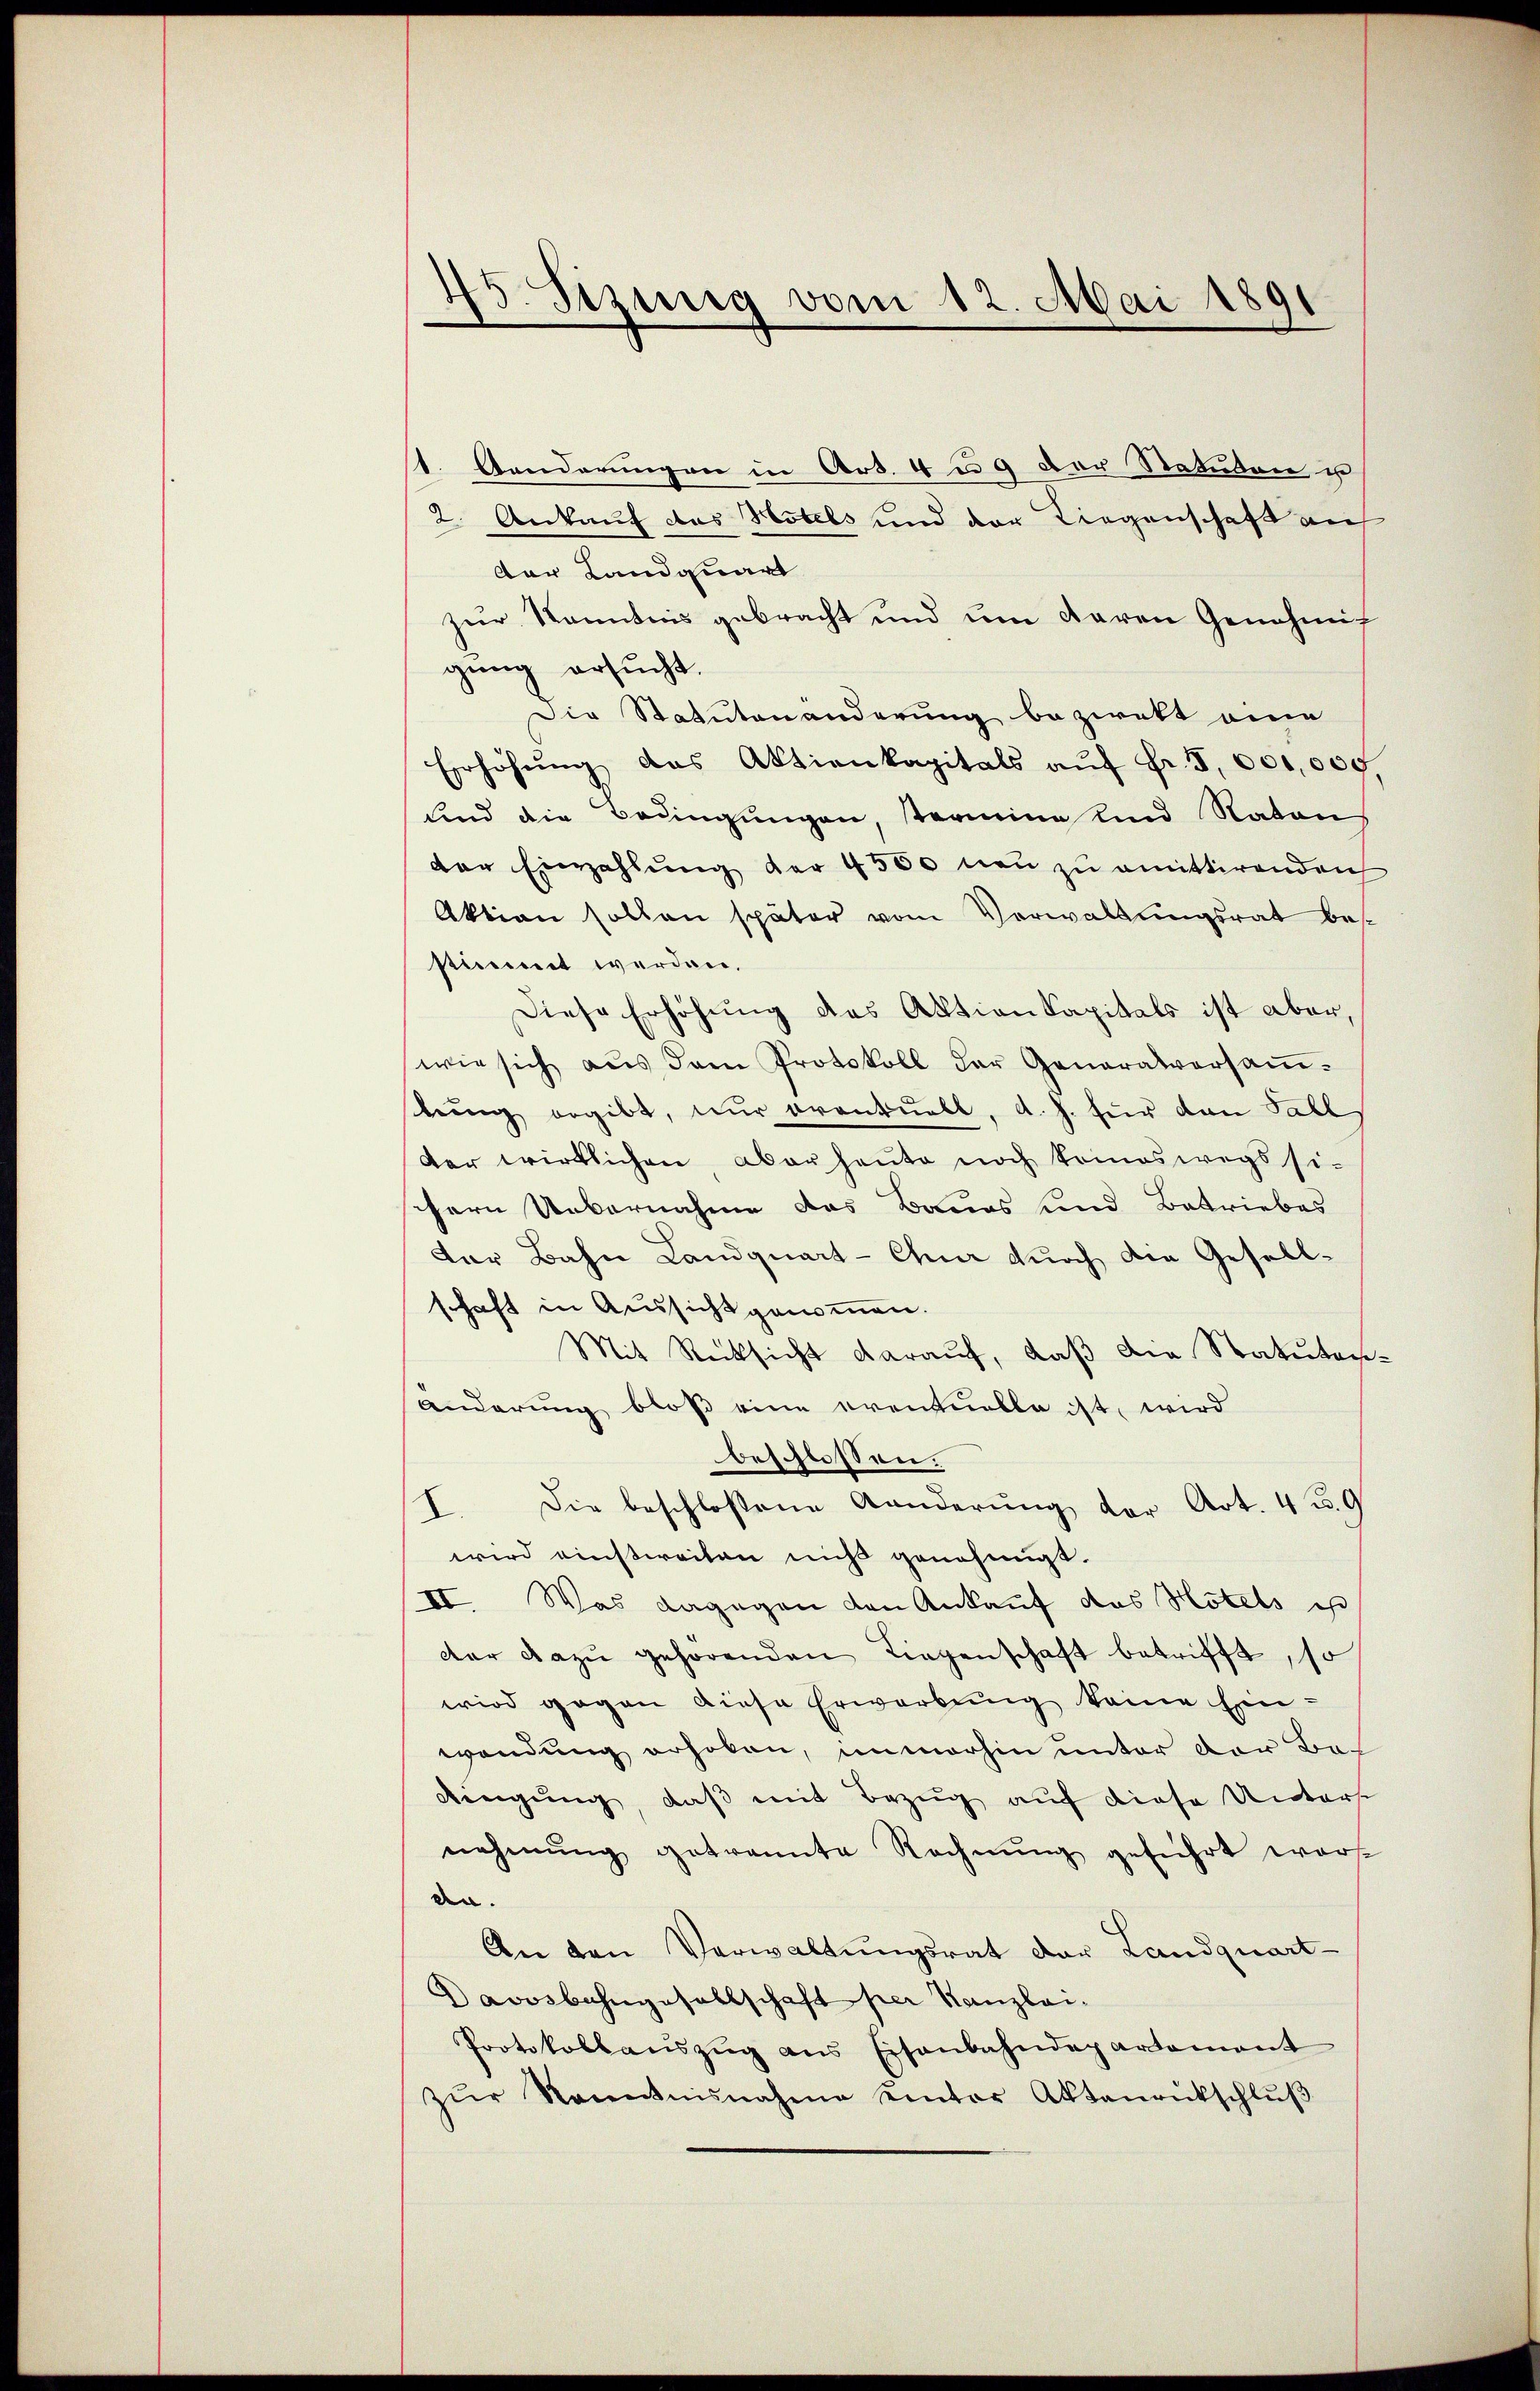
5. Seinig vom 12. Mai 1891

st. Anderungen in Art. 4 u. 9 der Statuten u
2. Ankauf das Hotels und der Liegenschaft auf
der Landquart
zur Kenntnis gebracht und um daren Genehmig
gung ersucht.
Die Statutenänderung beziekt eine
Erhöhung das Aktienkapitals aŭf Fr. 5 000,000
sind die Bedingungen, termine und Natons
der Einzahlung der 4500 neu zu amittirenden
Aktion sollen später vom Verwaltungsrat besstimmet werden.
Diese Erhöhung des Aktion Kapitals ist aber,
wie sich aŭs dem Protokoll der Generalversaṁ-
bŭng ergibt, nŭr brentuell, d. h. für dan Fall,
der wirklichen aber heute noch kommeswegs si-
chern Uebernahme das Baues und Betriebes
der Bahn Landquart-Chur durch die Gesellschaft in Aussichtgenommen.
Mit Rücksicht darauf, daß die Statuten¬
Änderung bloß eine eventuelle ist, wird
beschlossen.
I. Die beschlossene Kanderung der Art. 4 u. 9
wird einstreiten nicht genehmigt.
II. Was dagegen den Ankauf das Hotels ist
dar dazu gehörenden Liegenschaft betrifft, so
wird gegen diese Erwerbung keine Ein-
wendung erhoben, immerhin unter der Ba
dingung, daß mit Bezug auf diese Unters
nehmung getrannte Rechnung geführt worde
den.
An den Verwaltungsrat der Landquart-
Davosbahngesellschaft per Kanzlai.
Protokollaŭszŭg ans Eisenbahndepartament
zŭr Kenntnisnahme einter Aktenrütschlŭβ